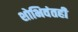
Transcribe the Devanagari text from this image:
शोभिवंतही